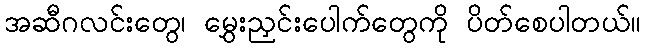
အဆီဂလင်းတွေ၊ မွှေးညှင်းပေါက်တွေကို ပိတ်စေပါတယ်။